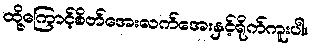
ထို့ကြောင့်စိတ်အေးလက်အေးနှင့်ရိုက်ကူးပါ။